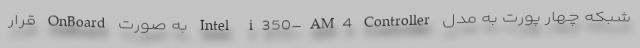
شبکه چهار پورت به مدل Intel i350-AM4 Controller به صورت OnBoard قرار